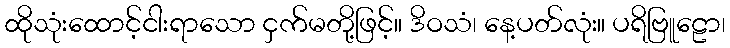
ထိုသုံးထောင့်ငါးရာသော ငှက်မတို့ဖြင့်။ ဒိဝသံ၊ နေ့ပတ်လုံး။ ပရိဗြူဠော၊